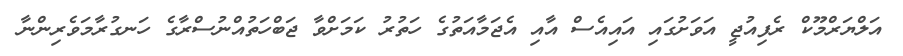
އަލްޔަރްމޫކް ރެފިއުޖީ އަވަށުގައި އައިއެސް އާއި އެޖަމާއަތުގެ ހަތުރު ކަމަށްވާ ޖަބްހަތުއްނުސްރާގެ ހަނގުރާމަވެރިންނާ